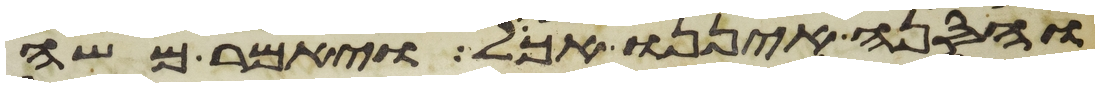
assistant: והסנה איננו אכל ויאמר משה